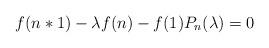
LaTeX: \begin{align*}f(n*1)-\lambda f(n)- f(1) P_n(\lambda)=0\end{align*}